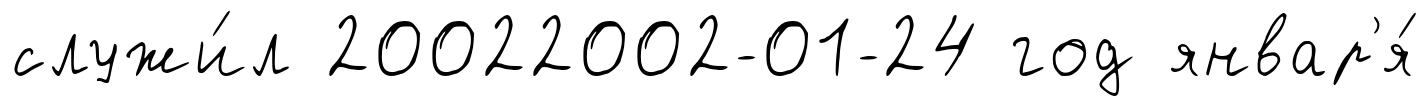
служи́л 20022002-01-24 год январ'я́